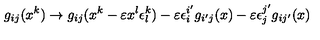
g _ { i j } ( x ^ { k } ) \rightarrow g _ { i j } ( x ^ { k } - \varepsilon x ^ { l } \epsilon _ { l } ^ { k } ) - \varepsilon \epsilon _ { i } ^ { i ^ { \prime } } g _ { i ^ { \prime } j } ( x ) - \varepsilon \epsilon _ { j } ^ { j ^ { \prime } } g _ { i j ^ { \prime } } ( x )